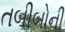
તબીબોની